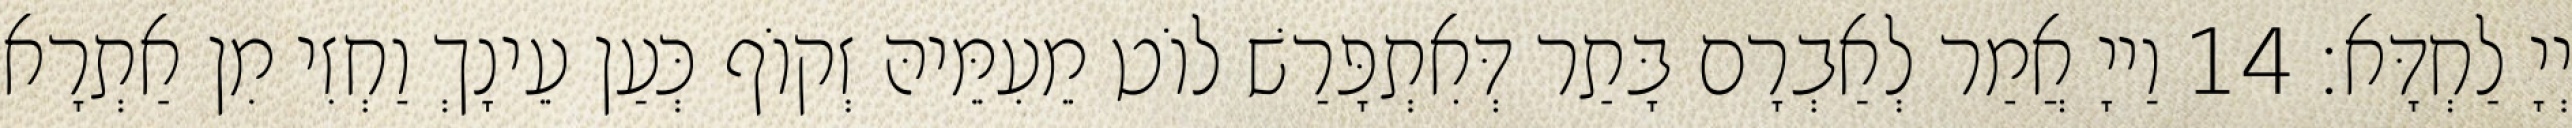
יְיָ לַחְדָּא׃ 14 וַייָ אֲמַר לְאַבְרָם בָּתַר דְּאִתְפָּרַשׁ לוֹט מֵעִמֵּיהּ זְקוֹף כְּעַן עֵינָךְ וַחְזִי מִן אַתְרָא